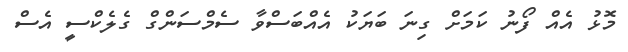
މޮޅު އެއް ފޯނު ކަމަށް ގިނަ ބަޔަކު އެއްބަސްވާ ސެމްސަންގް ގެލެކްސީ އެސް